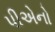
પીએનો